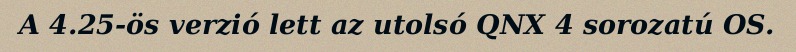
A 4.25-ös verzió lett az utolsó QNX 4 sorozatú OS.